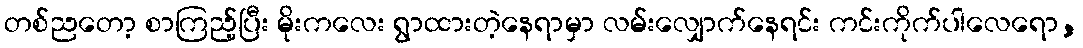
တစ်ညတော့ စာကြည့်ပြီး မိုးကလေး ရွာထားတဲ့နေရာမှာ လမ်းလျှောက်နေရင်း ကင်းကိုက်ပါလေရော,